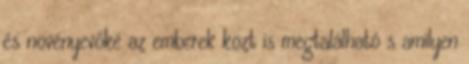
és növényevőké az emberek közt is megtalálható s amilyen